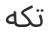
تكە